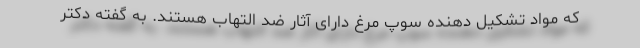
که مواد تشکیل دهنده سوپ مرغ دارای آثار ضد التهاب هستند. به گفته دکتر